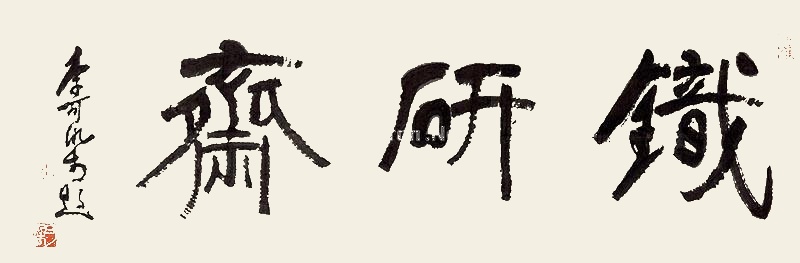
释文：铁研斋李可染题。